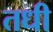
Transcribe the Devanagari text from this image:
तधी